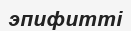
эпифитті